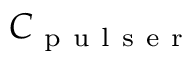
C _ { \mathrm { ~ p ~ u ~ l ~ s ~ e ~ r ~ } }